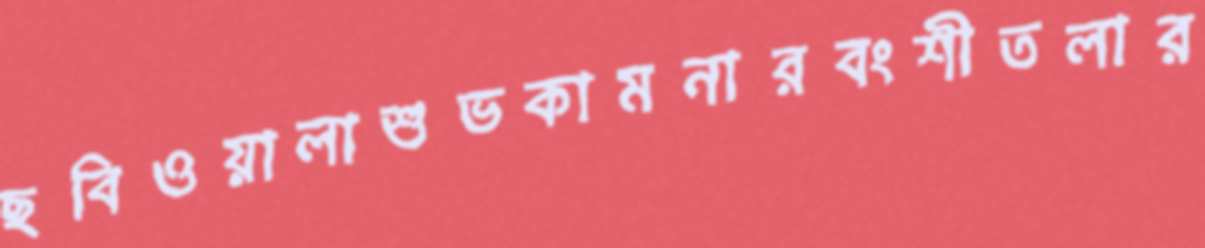
ছবিওয়ালাশুভকামনারবংশীতলার